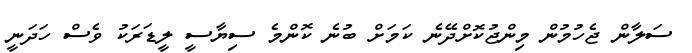
ސަލާން ޖެހުމުން މިންޖުކޮށްދޭނެ ކަމަށް ބުނެ ކޮންމެ ސިޔާސީ ލީޑަރަކު ވެސް ހަދަނީ